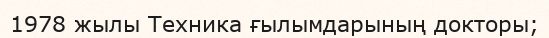
1978 жылы Техника ғылымдарының докторы;